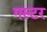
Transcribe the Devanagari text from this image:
गस्टर